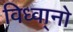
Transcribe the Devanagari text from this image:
विध्वा्नो